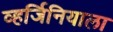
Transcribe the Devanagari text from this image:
व्हर्जिनियाला